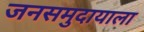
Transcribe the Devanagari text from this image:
जनसमुदायाला